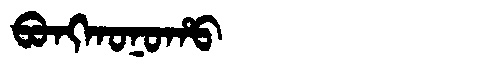
Manchu: ᠪᠣᠩᡴᠣᠨᠣᡥᠣ
Romanization: BONGKONOHO